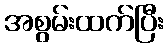
အစွမ်းထက်ပြီး